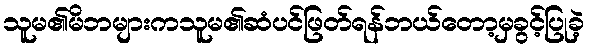
သူမ၏မိဘများကသူမ၏ဆံပင်ဖြတ်ရန်ဘယ်တော့မှခွင့်ပြုခဲ့